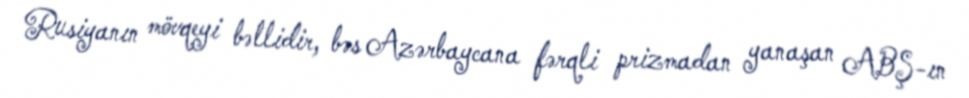
Rusiyanın mövqeyi bəllidir, bəs Azərbaycana fərqli prizmadan yanaşan ABŞ-ın